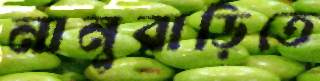
নানুবাড়িতে